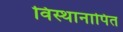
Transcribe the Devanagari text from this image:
विस्थानापित